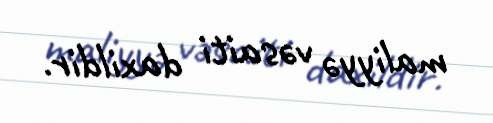
maliyyə vəsaiti daxildir.